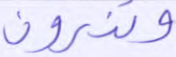
وتذرون